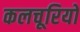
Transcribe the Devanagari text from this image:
कलचूरियों